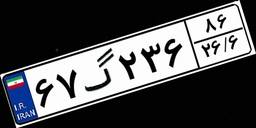
۶۷گ۲۳۶۸۶